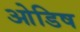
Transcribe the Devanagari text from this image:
ओडिष